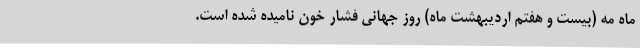
ماه مه (بیست و هفتم اردیبهشت ماه) روز جهانی فشار خون نامیده شده است.